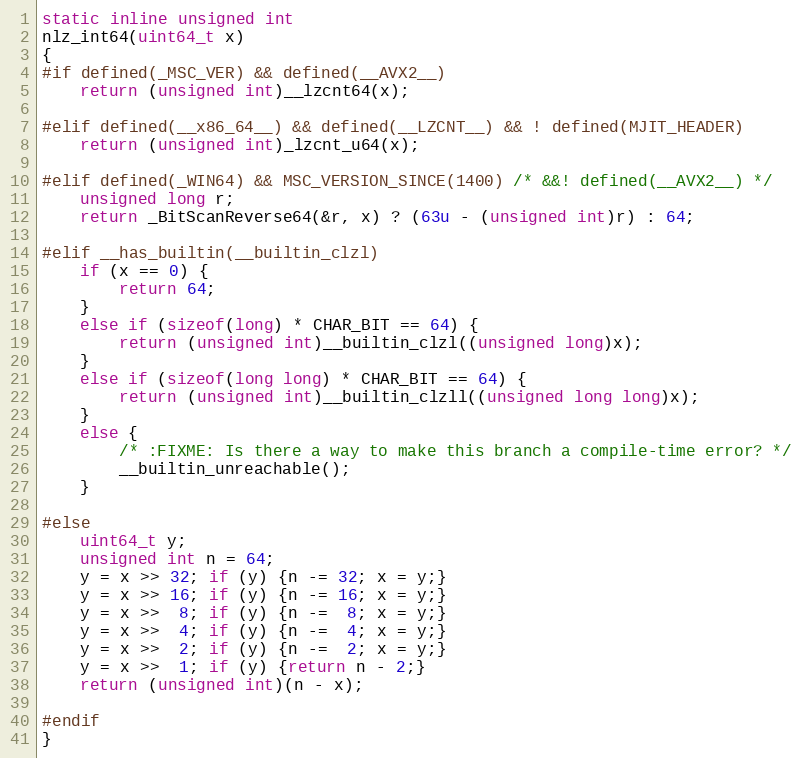
Language: C
static inline unsigned int
nlz_int64(uint64_t x)
{
#if defined(_MSC_VER) && defined(__AVX2__)
    return (unsigned int)__lzcnt64(x);

#elif defined(__x86_64__) && defined(__LZCNT__) && ! defined(MJIT_HEADER)
    return (unsigned int)_lzcnt_u64(x);

#elif defined(_WIN64) && MSC_VERSION_SINCE(1400) /* &&! defined(__AVX2__) */
    unsigned long r;
    return _BitScanReverse64(&r, x) ? (63u - (unsigned int)r) : 64;

#elif __has_builtin(__builtin_clzl)
    if (x == 0) {
        return 64;
    }
    else if (sizeof(long) * CHAR_BIT == 64) {
        return (unsigned int)__builtin_clzl((unsigned long)x);
    }
    else if (sizeof(long long) * CHAR_BIT == 64) {
        return (unsigned int)__builtin_clzll((unsigned long long)x);
    }
    else {
        /* :FIXME: Is there a way to make this branch a compile-time error? */
        __builtin_unreachable();
    }

#else
    uint64_t y;
    unsigned int n = 64;
    y = x >> 32; if (y) {n -= 32; x = y;}
    y = x >> 16; if (y) {n -= 16; x = y;}
    y = x >>  8; if (y) {n -=  8; x = y;}
    y = x >>  4; if (y) {n -=  4; x = y;}
    y = x >>  2; if (y) {n -=  2; x = y;}
    y = x >>  1; if (y) {return n - 2;}
    return (unsigned int)(n - x);

#endif
}